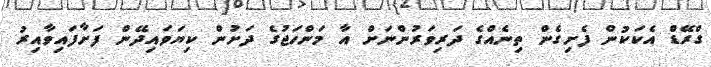
ގްރޭޑް އެކަކުން ފެށިގެން ތިނެއްގެ ދަރިވަރުންނަށް އާ މަންހަޖުގެ ދަށުން ކިޔަވައިދޭން ފަށާފައިވާއިރު